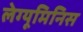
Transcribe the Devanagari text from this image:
लेग्यूमिनिस